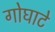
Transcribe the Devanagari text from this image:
गोघाटे